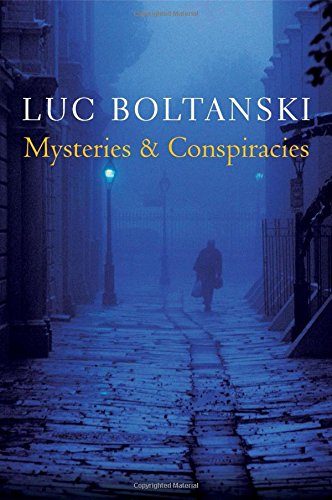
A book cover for Mysteries and Conspiracies: Detective Stories, Spy Novels and the Making of Modern Societies; Luc Boltanski; Mystery, Thriller & Suspense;